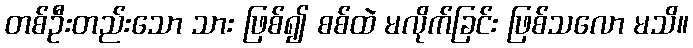
တစ်ဦးတည်းသော သား ဖြစ်၍ စစ်ထဲ မလိုက်ခြင်း ဖြစ်သလော မသိ။